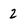
Character: 2